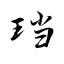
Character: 珰